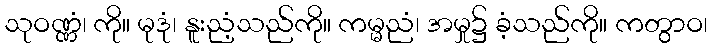
သုဝဏ္ဏံ၊ ကို။ မုဒုံ၊ နူးညံ့သည်ကို။ ကမ္မညံ၊ အမှု၌ ခံ့သည်ကို။ ကတွာဝ၊